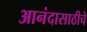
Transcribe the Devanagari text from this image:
आनंदासाठीचे